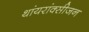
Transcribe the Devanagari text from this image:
थांयरांक्सीजन